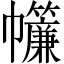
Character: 𢆁